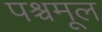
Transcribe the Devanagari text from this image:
पश्चमूल